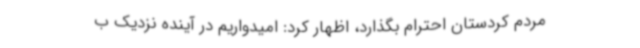
مردم کردستان احترام بگذارد، اظهار کرد: امیدواریم در آینده نزدیک ب